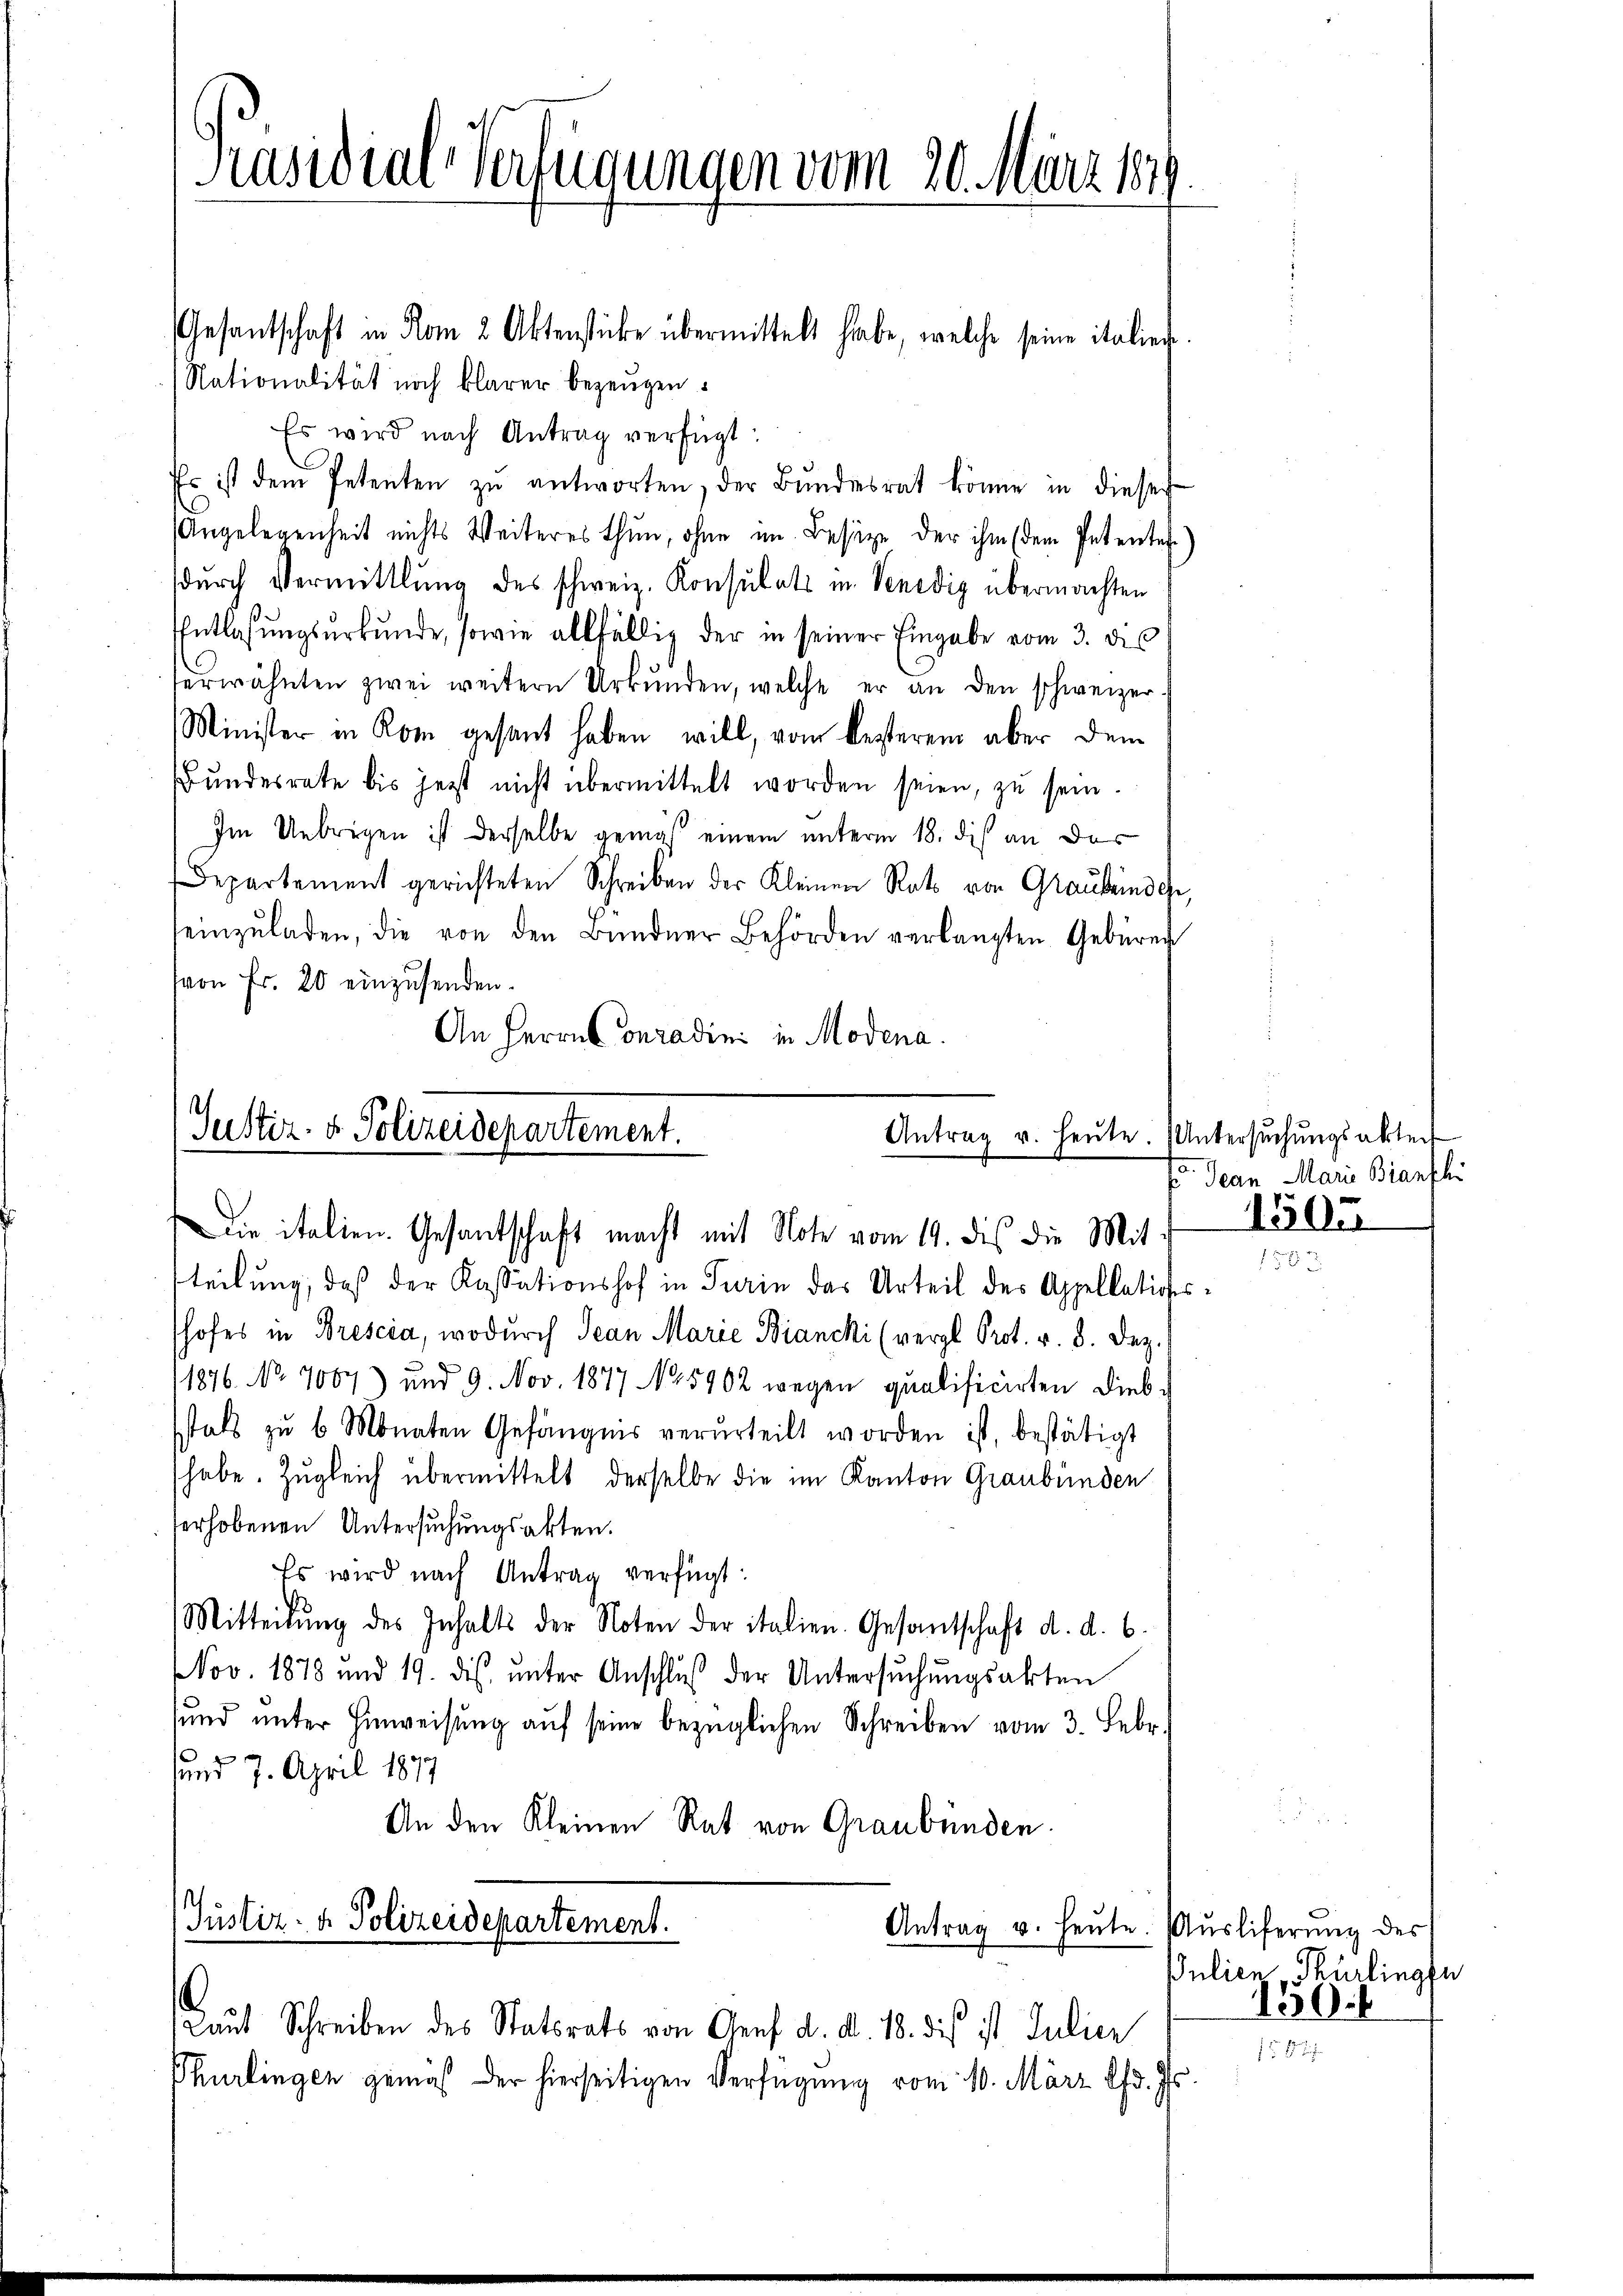
Präsidial-Verfügungen vom 20. März 1849.

Gesantschaft in Rom 2 Aktenstücke übermittelt habe, welche seine italieg
Nationalität noch klarer bezeugen.
Es wird nach Antrag verfügt:
Es ist dem Petenten zŭ antworten, der Bŭndesrat könne in dieser
Angelegenheit nichts Weiteres thun, ohne im Besize der ihm (dem Petentes
dŭrch Vermittlung des schweiz. Konsulati in Venedig übermachten
Entlassŭngsurkunde, sowie allfällig der in seiner Eingabe vom 3. des
erwähnten zwei weitern Urkŭnden, welche er an den schweizer
Minister in Rom gesant haben will, vom besterem aber dem
Bundesrate bis jetzt nicht übermittelt worden seien, zu sein.
Im Uebrigen ist derselbe genas einem unterm 18. dis an das
Departement gerichteten Schreiben der Kleinen Rats von Graubünde
einzŭladen, die von den Bündner Behörden verlangten Gebüren
von Fr. 20 einzusenden.
An Herrn Conradini in Modena.

Justiz- & Polizeidepartement.
Antrag u. heute. Untersŭchŭngsakter
Die italien. Gesantschaft macht mit Note vom 19. des die Mit

teilung, daß der Kassationshof in Turin das Urteil des Appellations
shofes in Brescia, wodurch Jean Marie Biancki (vergl. Prot. v. 8. Dez.
11876. No 7067) und 9. Nov. 1877 No 5902 wegen qualificirten Diebstals zu 6 Monaten Gefängnis verurteilt worden ist, bestätigt
habe. Zugleich übermittelt derselbe die im Kanton Graubünden
erhobenen Untersuchungsakten.
Es wird nach Antrag verfügt:
¬
Mitterŭng des Inhalts der Noten der italien. Gesantschaft d. d. 6.
NNov. 1878 und 19. ds. ŭnter Anschlŭβ der Untersŭchŭngsakten
sund unter Hinweisung aŭf seine bezüglichen Schreiben vom 3. Febr.
g
und 7. April 1877
An den Kleinen Rat von Graubünden.
s
Justiz- & Polizeidepartement.

Antrag u. heute. Ausliferung des

.
Laut Schreiben des Statsrats von Genf d. d. 18. dies ist Julier
Thurlingen gemäß der hierseitigen Verfügung vom 10. März lfd. Js.

f Jean Mari Bianfli

6

1505

Julien Thurlingsu
100.